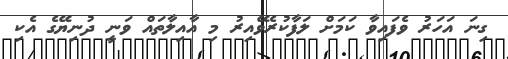
ގިނަ އަހަރު ވެފައިވާ ކަމަށް ލަފާކުރެވޭއިރު މި އާއިލާތައް ވަނީ ދުނިޔޭގެ އެކި